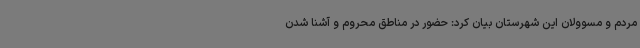
مردم و مسوولان این شهرستان بیان کرد: حضور در مناطق محروم و آشنا شدن